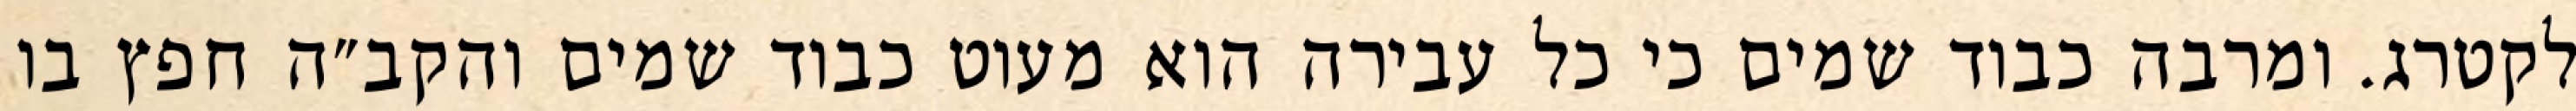
לקטרג. ומרבה כבוד שמים כי כל עבירה הוא מעוט כבוד שמים והקב״ה חפץ בו